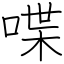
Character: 喋